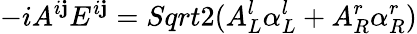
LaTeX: -iA^{i\mathbf{j}}E^{i\mathbf{j}}=Sqrt{2}(A_{L}^{l}\alpha_{L}^{l}+A_{R}^{r}\alpha_{R}^{r})